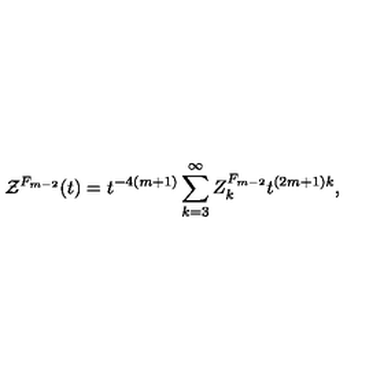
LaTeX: { \cal Z } ^ { F _ { m - 2 } } ( t ) = t ^ { - 4 ( m + 1 ) } \sum _ { k = 3 } ^ { \infty } { Z } _ { k } ^ { F _ { m - 2 } } t ^ { ( 2 m + 1 ) k } ,